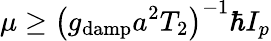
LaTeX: \mu\geq\left(g_{\mathrm{damp}}a^{2}T_{2}\right)^{-1}\hbar I_{p}